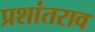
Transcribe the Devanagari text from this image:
प्रशांतराव